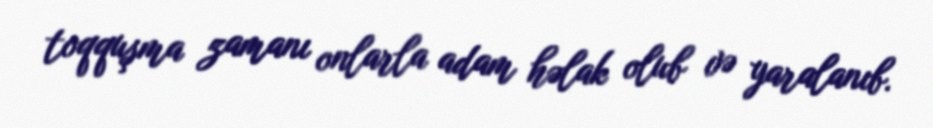
toqquşma zamanı onlarla adam həlak olub və yaralanıb.